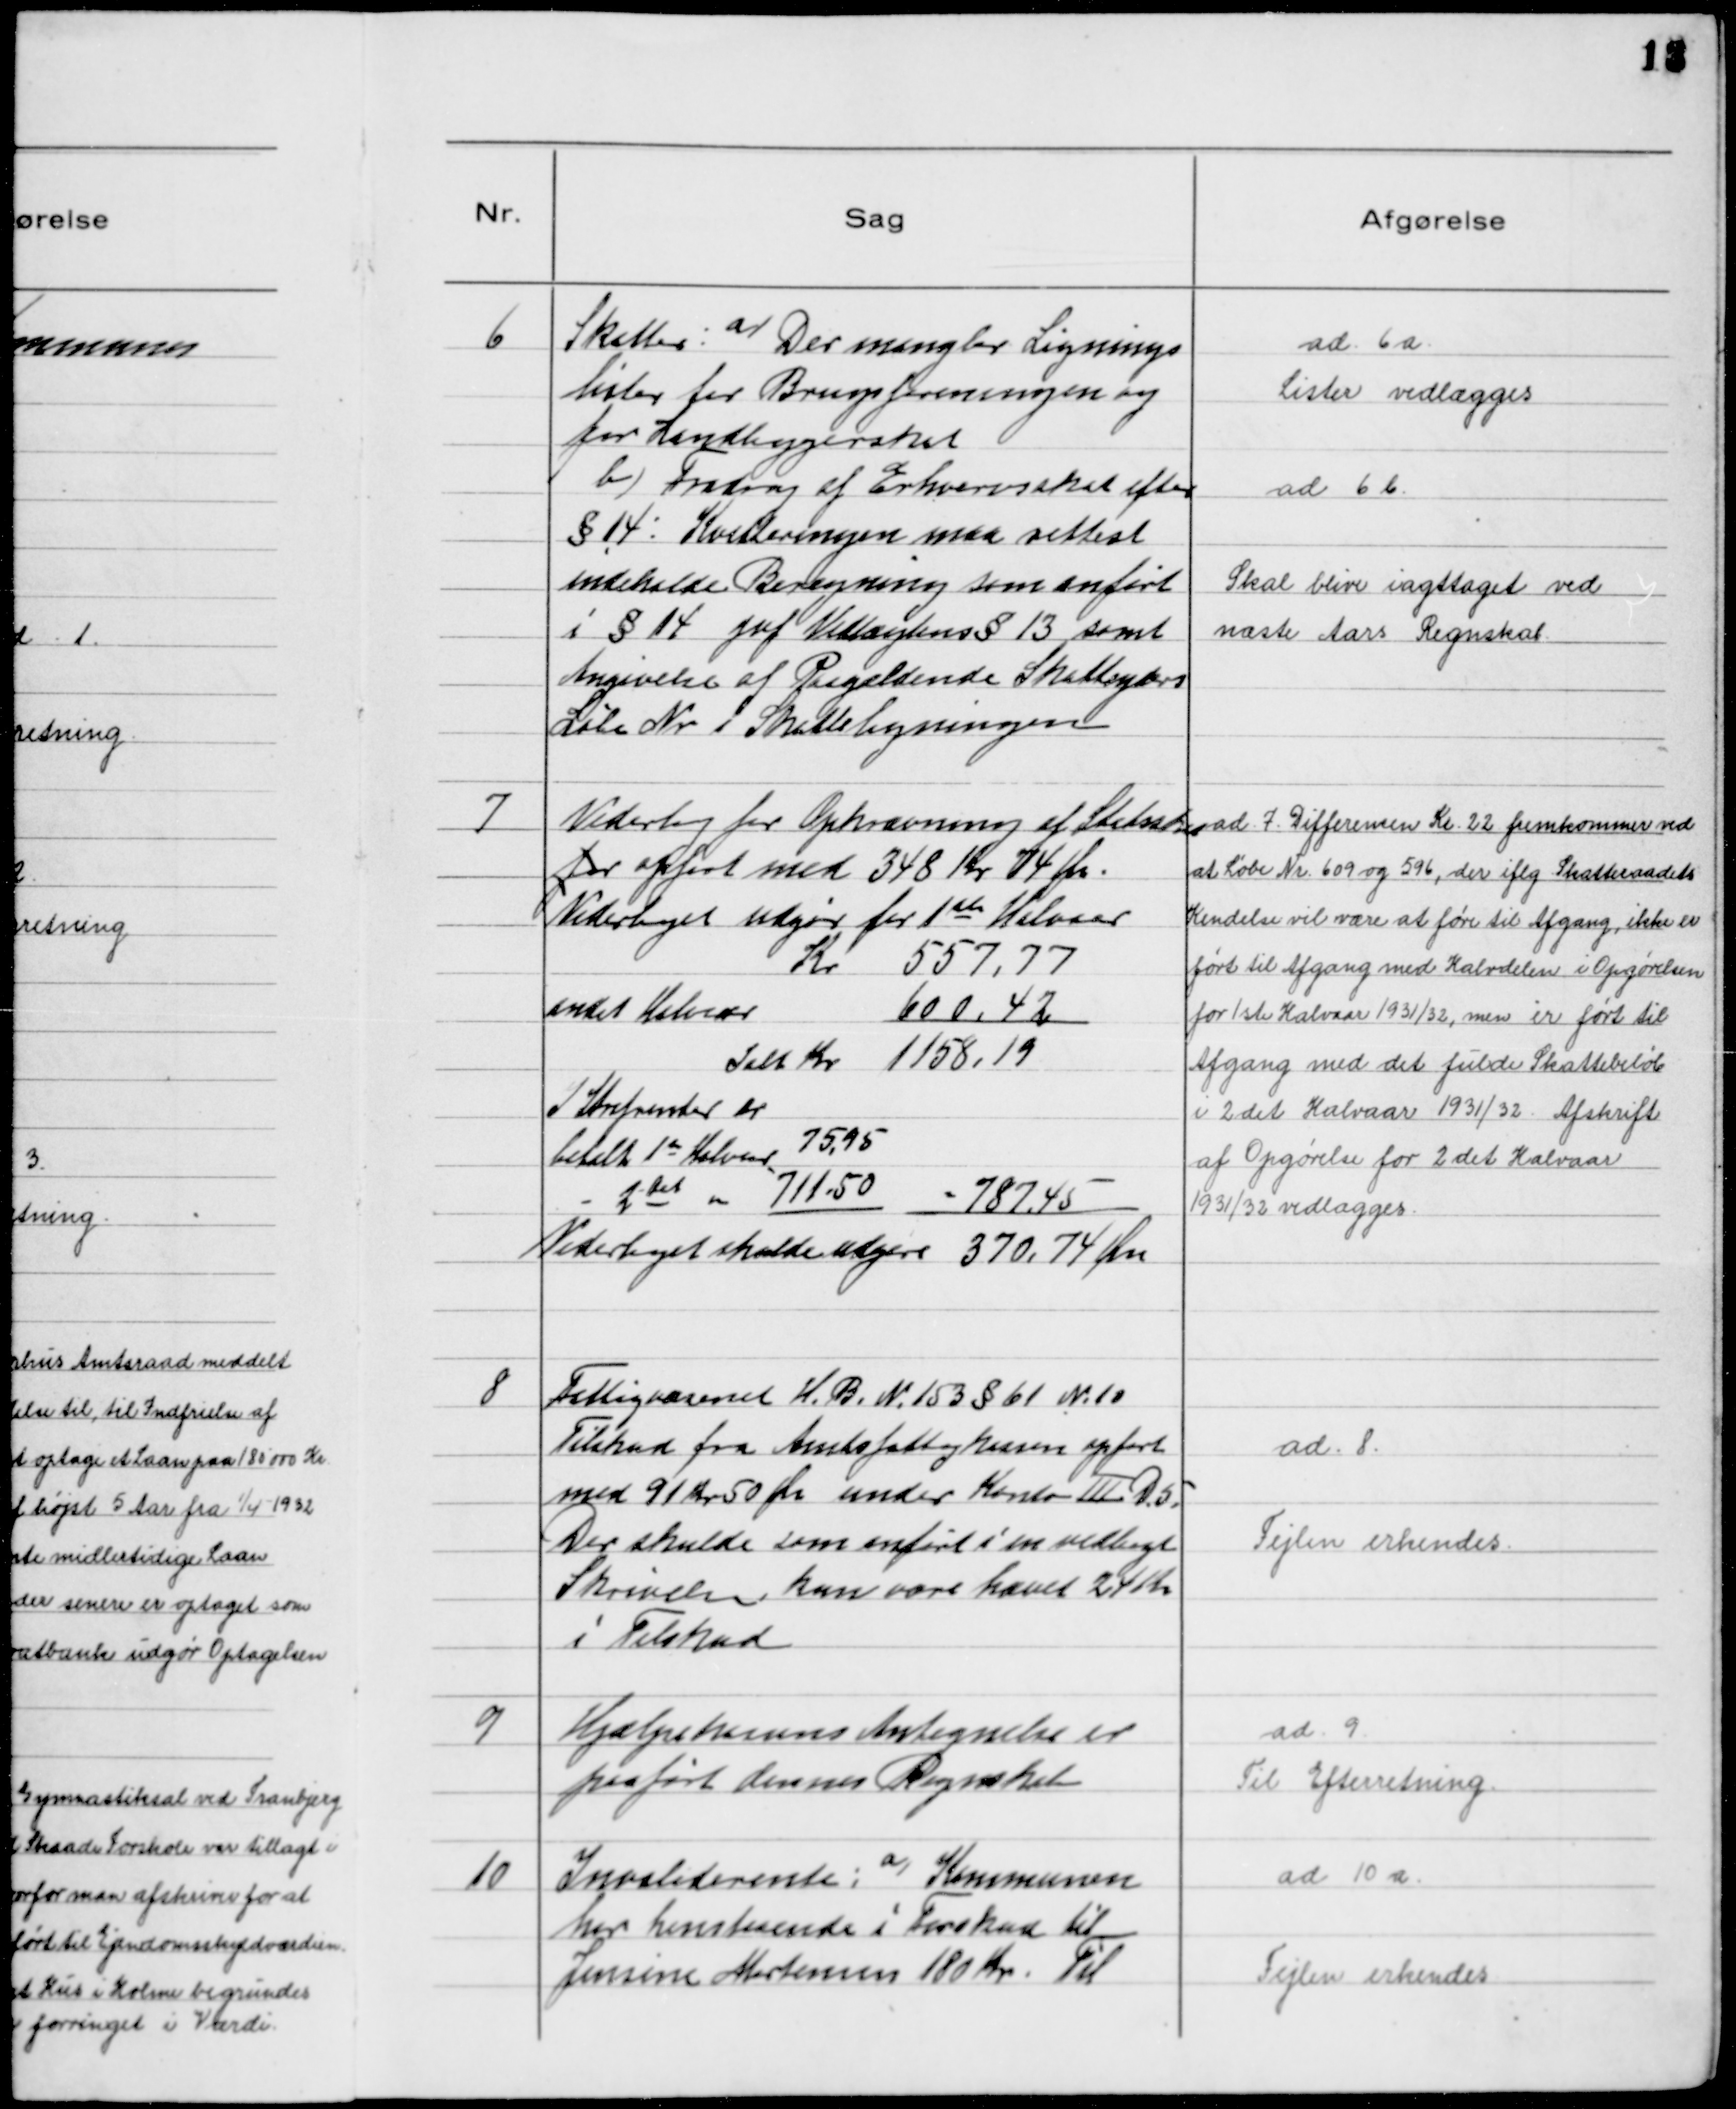
Transskription:
6
Skatter: a/ Der mangler Lignings
lister for Brugsforeningen og
for Landliggerskat
b)Fradrag af Erhvervsskat efter
§ 14: Kvitteringen maa rettest
indeholde Beregning som anført
i § 14 jvf. Vedtægtens § 13 samt
Angivelse af Paagældende Skatteyders
Litra Nr i Skatteligningen

ad. 6a.
Lister vedlægges
ad 6b.
Skal blive iagttaget ved
næste Aars Regnskab

7
Vederlag for Opkrævning af Statsskat
for opført med 348 Kr 74 Øre.
Vederlaget udgør for 1 ste Halvaar
Kr
557,77
andet Halvaar
600,42
Ialt Kr 1158,19
Ialt Kr 1158,19
I Strafrenter er
betalt 1de Halvaar 75,95
- 2det - 711,50 = 787,45
Vederlaget skulde udgøre 370,74 Øre

ad.7. Differencen Kr. 22 fremkommer ved
at Løbe Nr. 609 og 596, der iflg Skatteraadets
Kendelse vil være at føre til Afgang, ikke er
ført til Afgang med Halvdelen i Opgørelsen
for 1ste Halvaar 1931/32, men er ført til
Afgang med det fulde Skattebeløb
i 2det Halvaar 1931/32. Afskrift
af Opgørelse for 2det Halvaar
1931/32 vedlægges.

8
Fattigvæsnet H. B. N. 153 § 61 № 10
Tilskud fra Amtsfattigkassen opført
med 91 Kr 50 Øre under Konto Ⅲ D. 5.
Der skulde som anført i en vedlagt
Skrivelse kun være hævet 24 Kr
i Tilskud

ad. 8.
Fejlen erkendes

9
Hjælpekassens Antegnelse er
paaført dennes Regnskab

ad. 9.
Til Efterretning

10
Invaliderente: a/ Kommunen
har henstaaende i Forskud til
Jensine Mortensen 180 Kr. Til

ad. 10a.
Fejlen erkendes